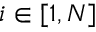
i \in [ 1 , N ]